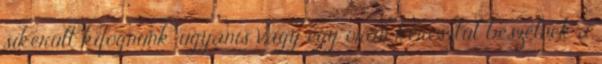
sikerült kifognunk, ugyanis vagy egy órán keresztül beszélnek a